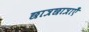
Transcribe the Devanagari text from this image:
छात्रछात्राएँ